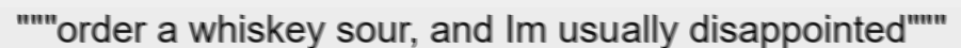
"""order a whiskey sour, and Im usually disappointed"""